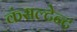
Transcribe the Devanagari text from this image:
कंसल्टेन्ट